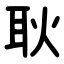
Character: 耿